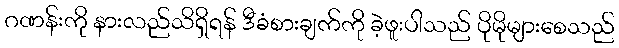
ဂဏန်းကို နားလည်သိရှိရန် ဒီခံစားချက်ကို ခဲ့ဖူးပါသည် ပိုမိုများစေသည်